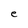
Character: e